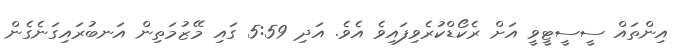
އިންތައް ސީސީޓީވީ އަށް ރެކޯޑްކުރެވިފައިވެ އެވެ. އަދި 5:59 ގައި މޭޒުމަތިން އަނބުރައިގަނެގެން